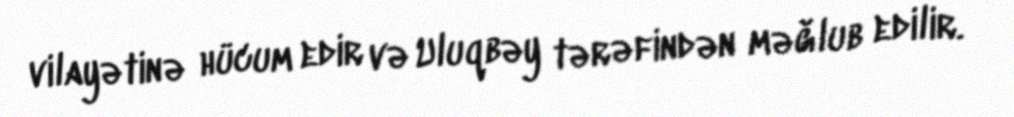
vilayətinə hücum edir və Uluqbəy tərəfindən məğlub edilir.